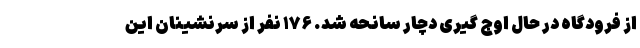
از فرودگاه در حال اوج گیری دچار سانحه شد. ۱۷۶ نفر از سرنشینان این